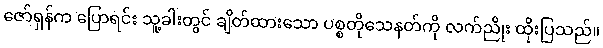
ဇော်ရှန်က ပြောရင်း သူ့ခါးတွင် ချိတ်ထားသော ပစ္စတိုသေနတ်ကို လက်ညိုး ထိုးပြသည်။